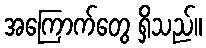
အကြောက်တွေ ရှိသည်။